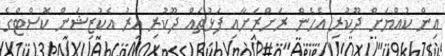
އިން ކުއްޔަށް ދޫކުރި އެހެން ރަށްރަށާއި ފަޅުތައް ދޫކުރި އިރު އެކުޒިޝަން ކޮސްޓްގެ